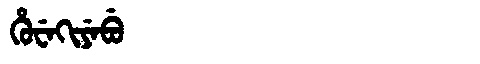
Manchu: ᡥᡠᠸᡝᡴᡳᠶᡝᠪᡠ
Romanization: HUWEKIYEBU